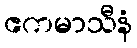
ဧကမာသီနံ